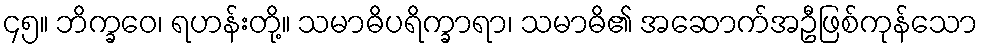
၄၅။ ဘိက္ခဝေ၊ ရဟန်းတို့။ သမာဓိပရိက္ခာရာ၊ သမာဓိ၏ အဆောက်အဦဖြစ်ကုန်သော